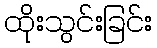
ထိုးသွင်းခြင်း